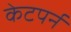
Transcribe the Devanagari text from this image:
केटपर्न